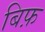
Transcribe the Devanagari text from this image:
बिफ़